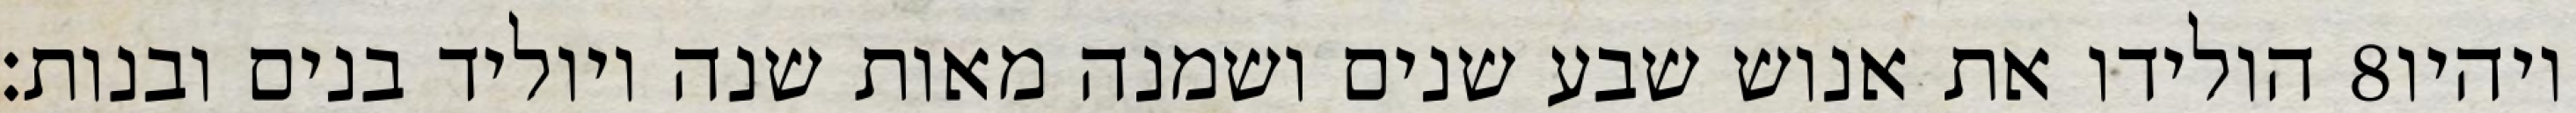
הולידו את אנוש שבע שנים ושמנה מאות שנה ויוליד בנים ובנות׃ ‎8‏ ויהיו